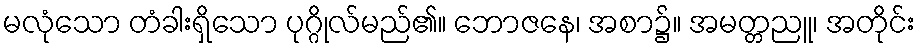
မလုံသော တံခါးရှိသော ပုဂ္ဂိုလ်မည်၏။ ဘောဇနေ၊ အစာ၌။ အမတ္တညူ၊ အတိုင်း